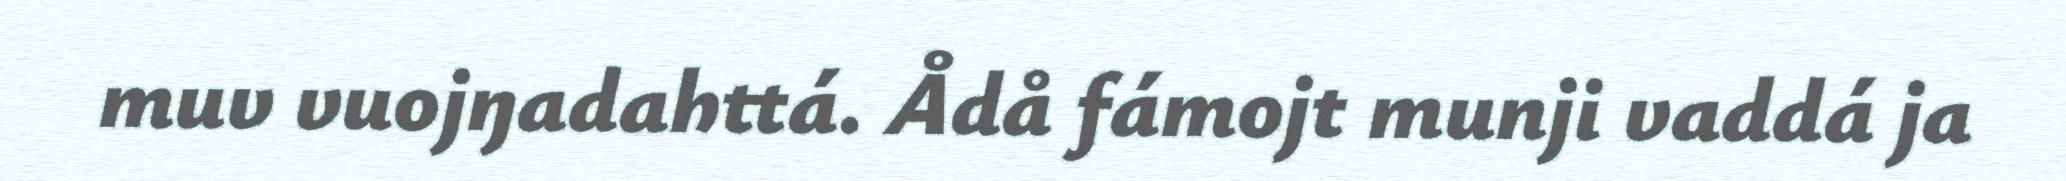
muv vuojŋadahttá. Ådå fámojt munji vaddá ja